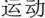
运动